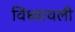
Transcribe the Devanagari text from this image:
विंध्यावली